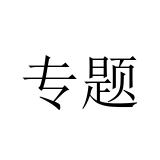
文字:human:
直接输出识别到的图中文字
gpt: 专题